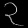
Digit: ၃